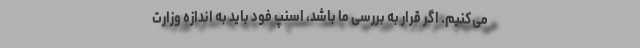
می‌کنیم. اگر قرار به بررسی ما باشد، اسنپ فود باید به اندازه وزارت